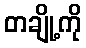
တချို့ကို